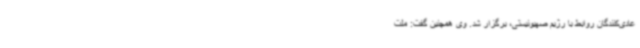
عادی‌کنندگان روابط با رژیم صهیونیستی، برگزار شد. وی همچنین گفت: ملت